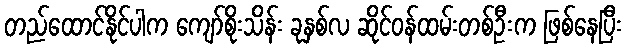
တည်ထောင်နိုင်ပါက ကျော်စိုးသိန်း ခုနှစ်လ ဆိုင်ဝန်ထမ်းတစ်ဦးက ဖြစ်နေပြီး